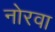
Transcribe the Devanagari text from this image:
नोरवा